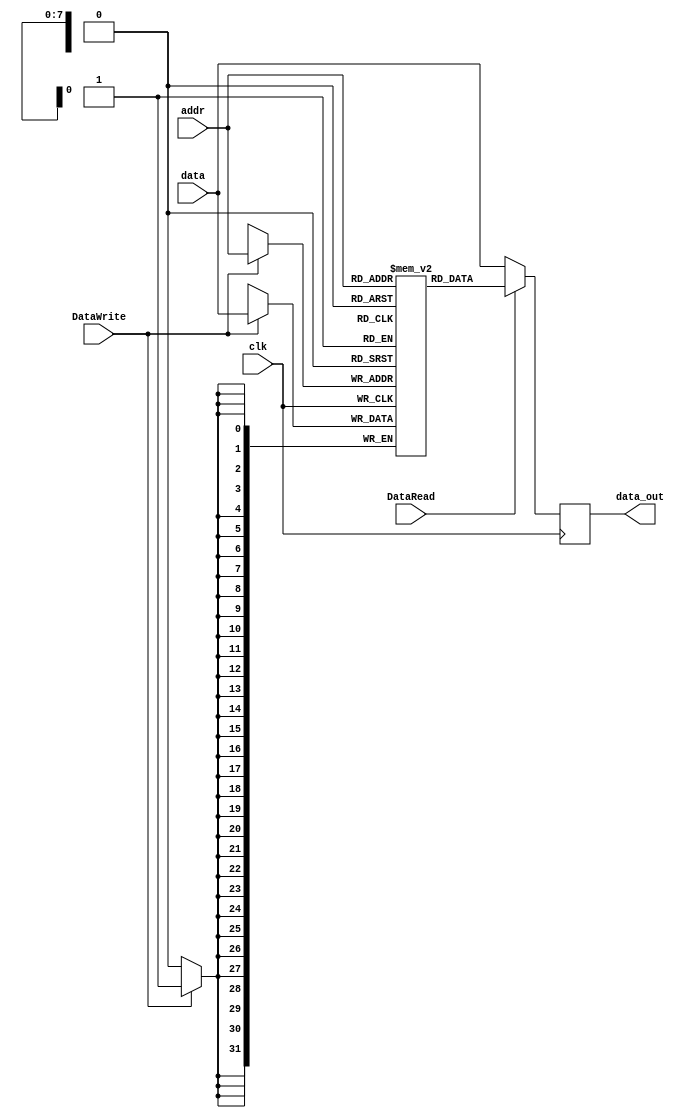
`timescale 1ns / 1ps

module Data_cache(clk,
                  data, addr, 
                  DataRead, DataWrite,
                  data_out
                  );

input clk;
input [31:0] data;
input [7:0] addr;
input DataRead, DataWrite;

output reg [31:0] data_out;

reg[31:0] data_storage[255:0];

always@ (posedge clk) begin
    data_out = data;
    if (DataRead)
        data_out = data_storage[addr];
    if (DataWrite)
        data_storage[addr] = data;
end


endmodule